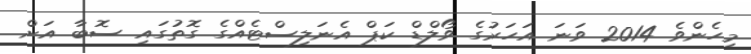
މިހެންވެ 2014 ވަނަ އަހަރުގެ ވޯލްޑް ކަޕް އެނަލިސްޓެެއްގެ ގޮތުގައި ސޮބާ އަށް